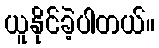
ယူနိုင်ခဲ့ပါတယ်။